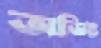
অডিট